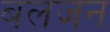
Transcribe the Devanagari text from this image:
बलजन